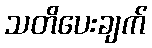
သတိပေးချက်